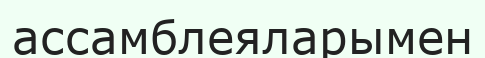
ассамблеяларымен